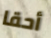
أحقا